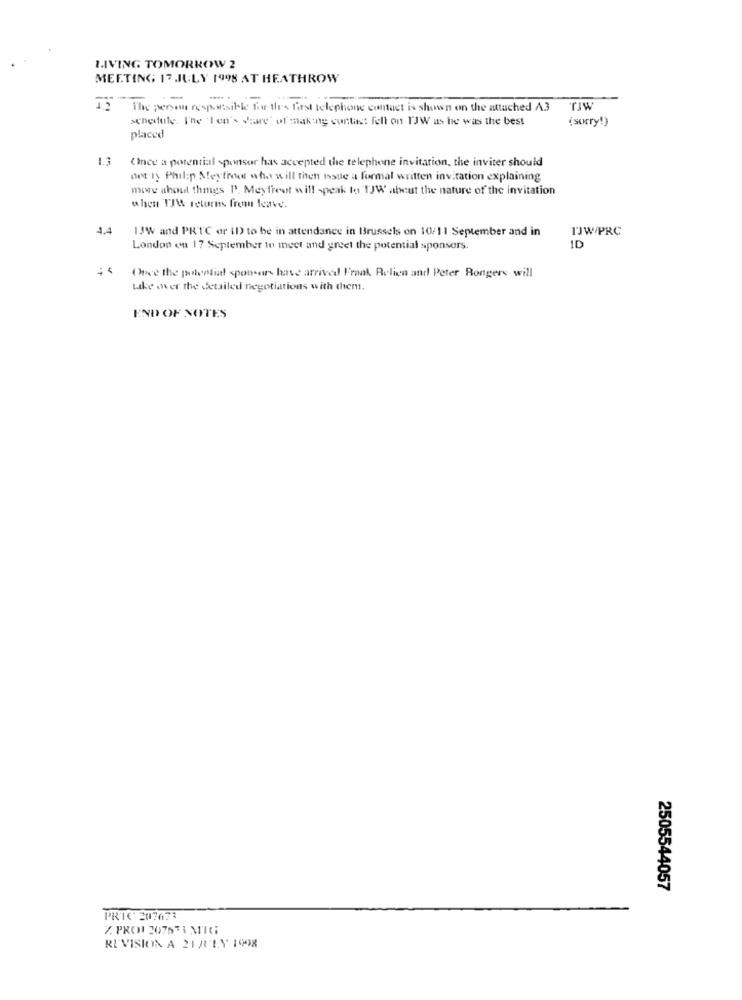
LIVING TOMORROW 2
MEETING 17 JULY 1998 AT HEATHROW
The person responsible for the first telephone contact is shown on the attached A.3
TJW
schedule. I'ne 'I en's Vrare' of making contast Fell on TJW as he was the best
(sorry!)
placed
(Ince a potential sponsor has accepted the telephone invitation, the inviter should
not ty Philip Meyfroot who will then made a formal written invitation explaining
more about things P'. Meyfreut will speak to TJW about the nature of the invitation
when TIW returns from leave.
4.4
1JW and PRIC er ID to be in attendance in Brussels on 10/11 September and in
1JW/PRC
London en 17 September to meet and greet the potential sponsors.
ID
Once the potential sponsors have arrived Frank. Relien and Peter Bongers will
Like over the detailed negotiations with them.
END OF NOTES
2505544057
PRIC 207673
Z. PROI 207633 MIG
REVISION A 21JULY 1998